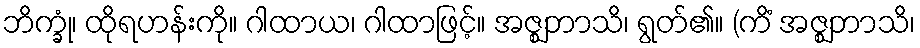
ဘိက္ခုံ၊ ထိုရဟန်းကို။ ဂါထာယ၊ ဂါထာဖြင့်။ အဇ္ဈဘာသိ၊ ရွတ်၏။ (ကိံ အဇ္ဈဘာသိ၊